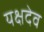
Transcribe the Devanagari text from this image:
यक्षदेव